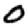
Digit: 0